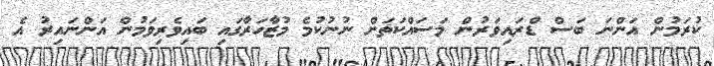
ކުރަމުން އަންނަ ބަސް ޑްރައިވަރުން މަސައްކަތަށް ނުނުކުމެ މުޒާހަރާގައި ބައިވެރިވަމުން އަންނައިރު އެ